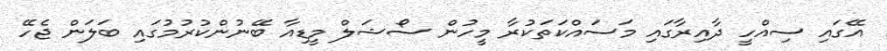
އޭގައި ސިއްހީ ދާއިރާގައި މަސައްކަތަކުރާ މީހުން ސޯޝަލް މީޑިއާ ބޭނުންކުރުމުގައި ބަލަން ޖެހޭ